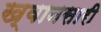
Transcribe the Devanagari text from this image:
ख्वानसारी